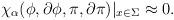
LaTeX: \begin{align*} \chi_{\alpha}(\phi,\partial\phi, \pi, \partial\pi)|_{x\in \Sigma} \approx 0.\end{align*}